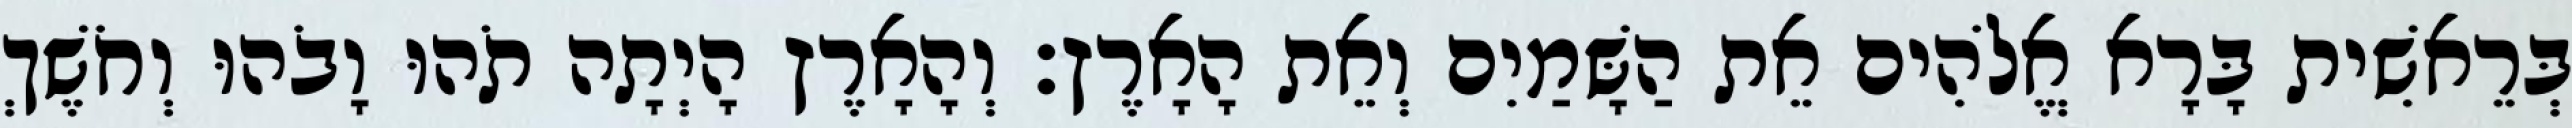
בְּרֵאשִׁית בָּרָא אֱלֹהִים אֵת הַשָּׁמַיִם וְאֵת הָאָרֶץ׃ וְהָאָרֶץ הָיְתָה תֹהוּ וָבֹהוּ וְחֹשֶׁךְ